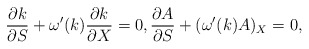
\begin{align*}\begin{aligned}\frac{\partial k}{\partial S}+\omega'(k)\frac{\partial k}{\partial X}=0,\frac{\partial A}{\partial S}+(\omega'(k)A)_X=0, \end{aligned}\end{align*}